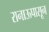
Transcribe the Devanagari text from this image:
रानाऊपासून